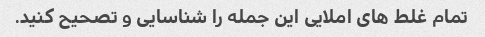
تمام غلط های املایی این جمله را شناسایی و تصحیح کنید.